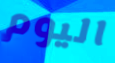
اليوم